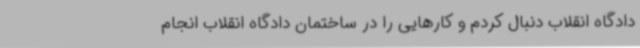
دادگاه انقلاب دنبال کردم و کارهایی را در ساختمان دادگاه انقلاب انجام